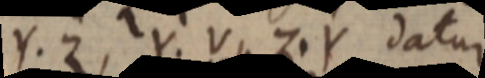
Y. Z, Y. V, Z. Y datur